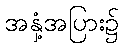
အနှံ့အပြား၌